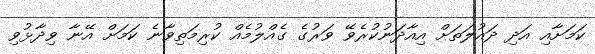
ކަމަށާއި އަދި ދައުލަތަށް އިއާދަނުކުރެވޭ ވަރުގެ ގެއްލުމެއް ކުރިމަތިވާނެ ކަމަށް އޭނާ ވިދާޅުވި